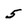
Character: 5